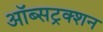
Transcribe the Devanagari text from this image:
ऑब्सट्रक्शन